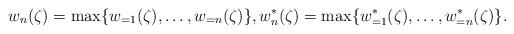
LaTeX: \begin{align*} w_{n}(\zeta)= \max \{w_{=1}(\zeta),\ldots,w_{=n}(\zeta)\}, w_{n}^{\ast}(\zeta)= \max\{ w_{=1}^{\ast}(\zeta),\ldots,w_{=n}^{\ast}(\zeta)\}.\end{align*}